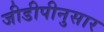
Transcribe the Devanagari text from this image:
जीडीपीनुसार